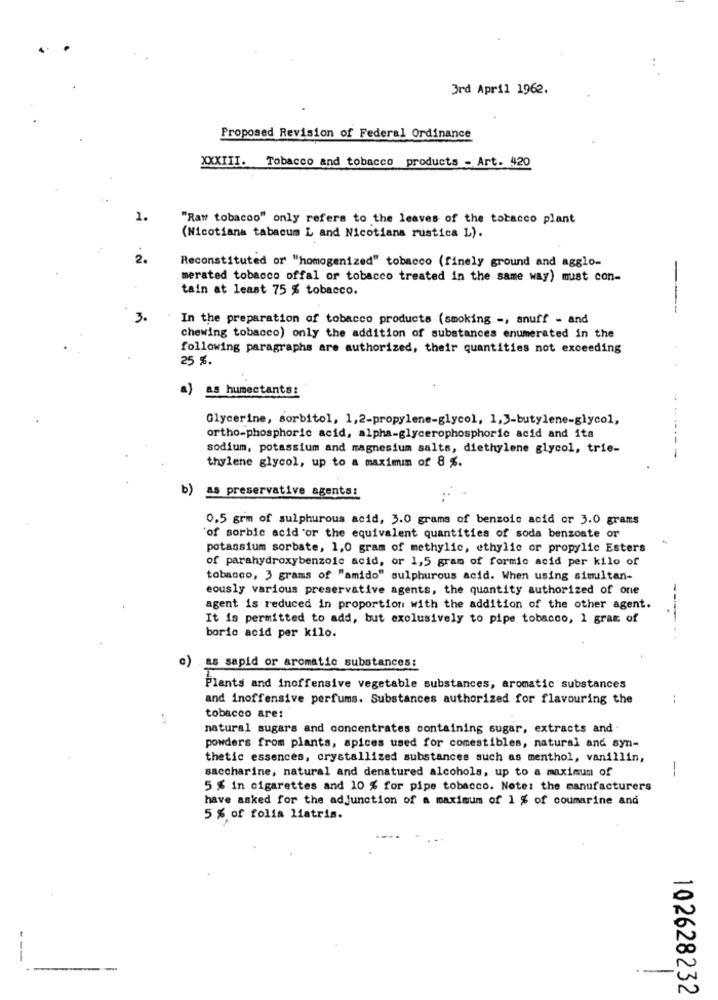
3rd April 1962.
Proposed Revision of Federal Ordinance
XXXIII. Tobacco and tobacco products - Art. 420
1.
"Raw tobacco" only refers to the leaves of the tobacco plant
(Nicotiana tabacum L and Nicotiana rustica L).
2.
Reconstituted or "homogenized" tobacco (finely ground and agglo-
--
merated tobacco offal or tobacco treated in the same way) must con-
tain at least 75 % tobacco.
3.
In the preparation of tobacco products (smoking -, snuff - and
chewing tobacco) only the addition of substances enumerated in the
following paragraphs are authorized, their quantities not exceeding
25 %.
a) as humectants:
..
Glycerine, sorbitol, 1,2-propylene-glycol, 1,3-butylene-glycol,
ortho-phosphoric acid, alpha-glycerophosphoric acid and its
sodium, potassium and magnesium salts, diethylene glycol, trie-
thylene glycol, up to a maximum of 8 %.
-
b)
as preservative agents:
0.5 grm of sulphurous acid, 3.0 grams of benzoic acid or 3.0 grams
of sorbic acid or the equivalent quantities of soda benzoate or
potassium sorbate, 1,0 gram of methylic, ethylic or propylic Esters
of parahydroxybenzoic acid, or 1,5 gram of formic acid per kilo of
tobacco, 3 grams of "amido" sulphurous acid. When using simultan-
eously various preservative agents, the quantity authorized of one
--
agent is reduced in proportion with the addition of the other agent.
It is permitted to add, but exclusively to pipe tobacco, 1 gram of
boric acid per kilo.
c)
.as sapid or aromatic substances:
Plants and inoffensive vegetable substances, aromatic substances
and inoffensive perfums. Substances authorized for flavouring the
tobacco are:
natural sugars and concentrates containing sugar, extracts and .
powders from plants, spices used for comestibles, natural and syn-
thetic essences, crystallized substances such as menthol, vanillin,
saccharine, natural and denatured alcohols, up to a maximum of
--
5 % in cigarettes and 10 % for pipe tobacco. Note: the manufacturers
have asked for the adjunction of a maximum of 1 % of coumarine and
5 % of folia liatris.
102628232